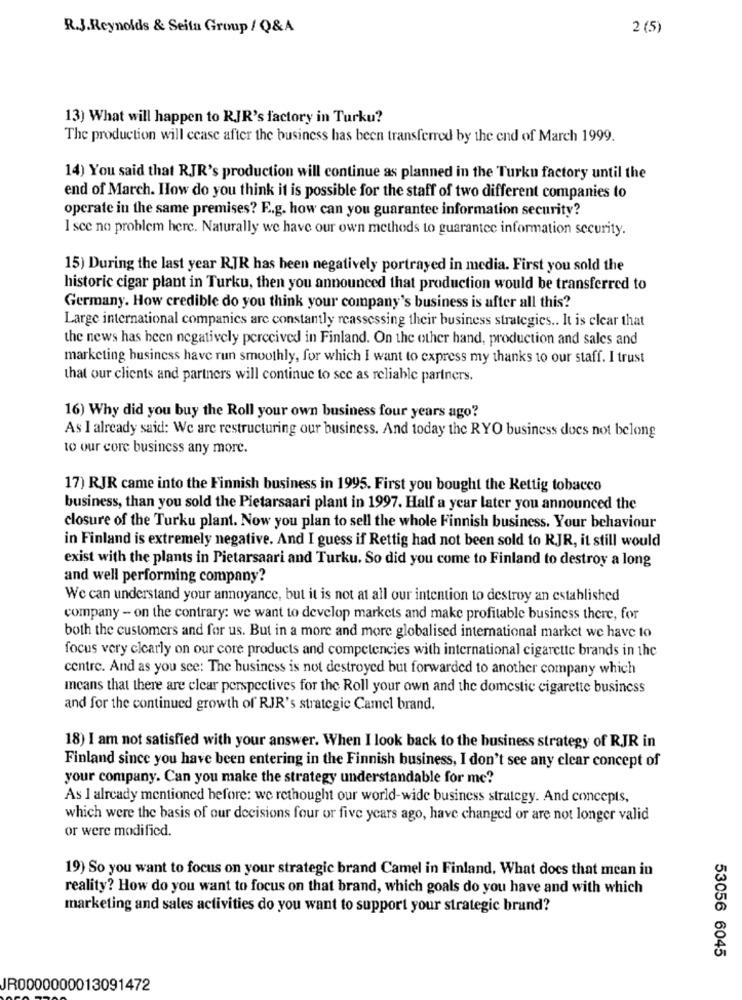
R.J.Reynolds & Seita Group / Q&A
2 (5)
13) What will happen to RJR's factory in Turku?
The production will cease after the business has been transferred by the end of March 1999.
14) You said that RJR's production will continue as planned in the Turku factory until the
end of March. How do you think it is possible for the staff of two different companies to
operate in the same premises? E.g. how can you guarantee information security?
I sce no problem here. Naturally we have our own methods to guarantee information security.
15) During the last year R.JR has been negatively portrayed in media. First you sold the
historic cigar plant in Turku, then you announced that production would be transferred to
Germany. How credible do you think your company's business is after all this?
Large international companies are constantly reassessing their business strategies .. It is clear that
the news has been negatively perceived in Finland. On the other hand, production and sales and
marketing business have run smoothly, for which I want to express my thanks to our staff. I trust
that our clients and partners will continue to see as reliable partners.
16) Why did you buy the Roll your own business four years ago?
As I already said: We are restructuring our business. And today the RYO business does not belong
to our core business any more.
17) RJR came into the Finnish business in 1995. First you bought the Rettig tobacco
business, than you sold the Pietarsaari plant in 1997. Half a year later you announced the
closure of the Turku plant. Now you plan to sell the whole Finnish business. Your behaviour
in Finland is extremely negative. And I guess if Rettig had not been sold to RJR, it still would
exist with the plants in Pietarsaari and Turku. So did you come to Finland to destroy a long
and well performing company?
We can understand your annoyance, but it is not at all our intention to destroy an established
company - on the contrary: we want to develop markets and make profitable business there, for
both the customers and for us. But in a more and more globalised international market we have to
focus very clearly on our core products and competencies with international cigarette brands in the
centre. And as you see: The business is not destroyed but forwarded to another company which
means that there are clear perspectives for the Roll your own and the domestic cigarette business
and for the continued growth of RJR's strategie Camel brand.
18) I am not satisfied with your answer. When I look back to the business strategy of RJR in
Finland since you have been entering in the Finnish business, I don't see any clear concept of
your company. Can you make the strategy understandable for me?
As I already mentioned before: we rethought our world-wide business strategy. And concepts,
which were the basis of our decisions four or five years ago, have changed or are not longer valid
or were modified.
19) So you want to focus on your strategic brand Camel in Finland. What does that mean in
reality? How do you want to focus on that brand, which goals do you have and with which
marketing and sales activities do you want to support your strategic brand?
53056 6045
JR0000000013091472